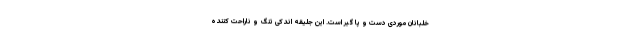
خلبانان موردی دست و پا گیر است. این جلیقه اندکی تنگ و ناراحت کننده